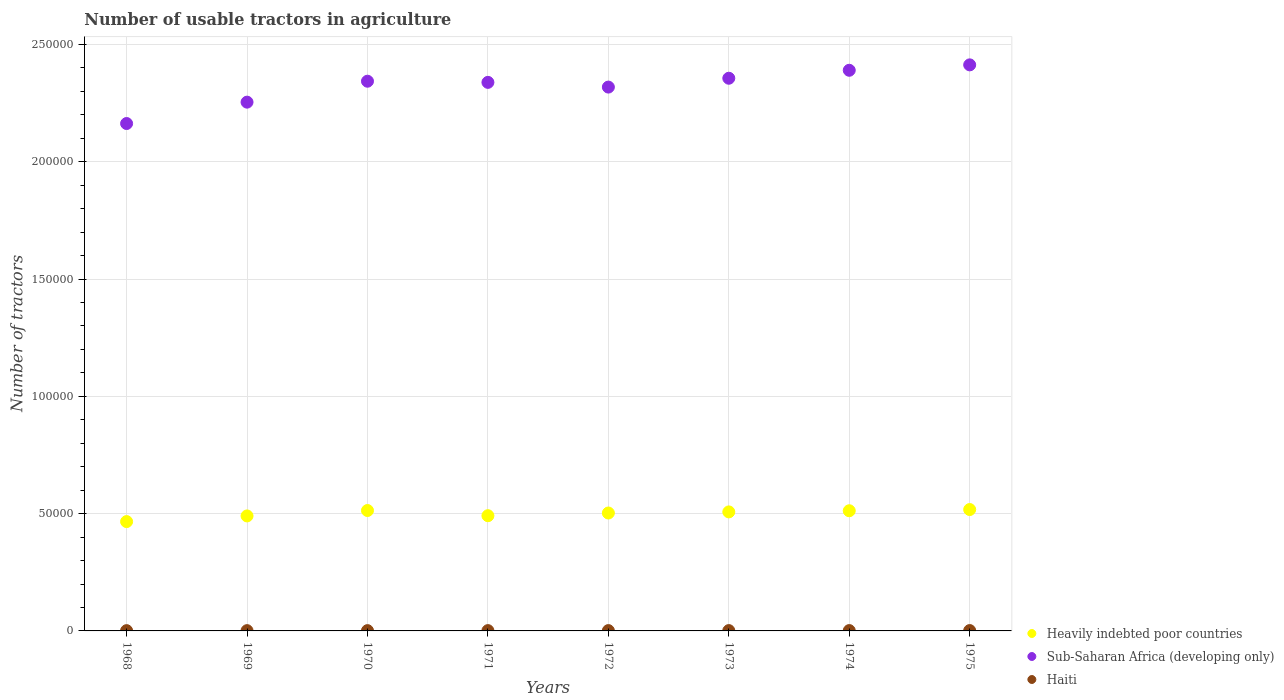
| Years | Heavily indebted poor countries | Sub-Saharan Africa (developing only) | Haiti |
 | --- | --- | --- | --- |
 | 1968 | 4.66e+04 | 2.16e+05 | 115 |
 | 1969 | 4.9e+04 | 2.25e+05 | 120 |
 | 1970 | 5.13e+04 | 2.34e+05 | 125 |
 | 1971 | 4.91e+04 | 2.34e+05 | 130 |
 | 1972 | 5.03e+04 | 2.32e+05 | 135 |
 | 1973 | 5.07e+04 | 2.36e+05 | 140 |
 | 1974 | 5.12e+04 | 2.39e+05 | 145 |
 | 1975 | 5.17e+04 | 2.41e+05 | 150 |